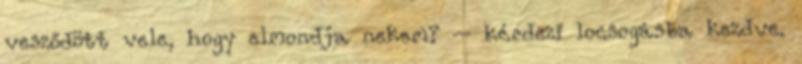
vesződött vele, hogy elmondja nekem? – kérdezi locsogásba kezdve.